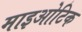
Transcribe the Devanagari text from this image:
माइओटिक